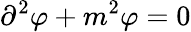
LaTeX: \partial^{2}\varphi+m^{2}\varphi=0